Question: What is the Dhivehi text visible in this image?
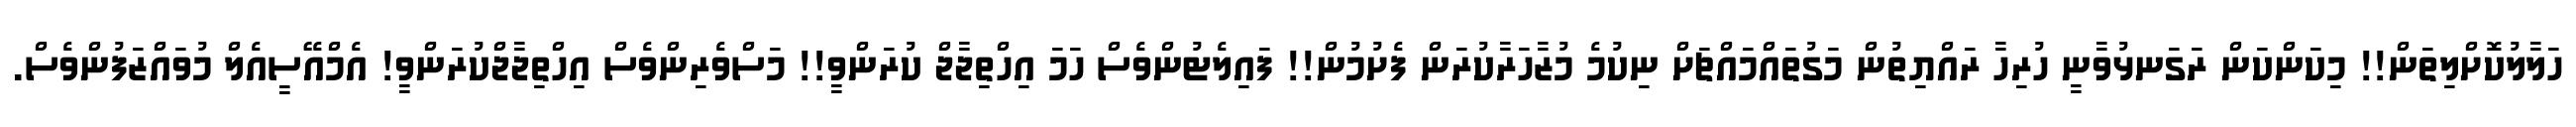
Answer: ހަލާލުކޮށްލިތަން!! މިކަންކަން ރަގަނޅުވާނީ ހުރިހާ ރައްޔިތުން މަގުތައްމައްޗަށް ނިކުމެ މުޒާހަރާކުރަން ފެށުމުން!! ފައިލެޓުންވެސް ހަމަ އިހްތިޖާޖް ކުރަންވީ!! މަސްވެރިންވެސް އިހްތިޖާޖްކުރަންވީ! އެމްއޭސީއެލް މުވައްޒަފުންވެސް.